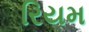
રિયમ